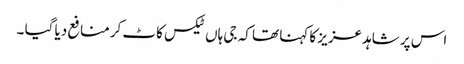
اس پر شاہد عزیز کا کہنا تھا کہ جی ہاں ٹیکس کاٹ کر منافع دیا گیا ۔